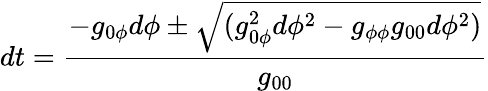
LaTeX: dt=\frac{-g_{0\phi}d\phi\pm\sqrt{(g_{0\phi}^{2}d\phi^{2}-g_{\phi\phi}g_{00}d\phi^{2})}}{g_{00}}